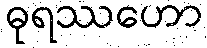
ဓုရဿဟော